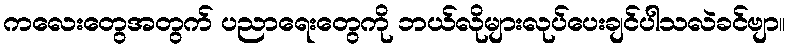
ကလေးတွေအတွက် ပညာရေးတွေကို ဘယ်လိုများလုပ်ပေးချင်ပါသလဲခင်ဗျာ။